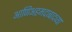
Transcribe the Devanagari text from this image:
आणिअहमदाबादच्या